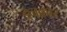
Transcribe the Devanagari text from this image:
इनक़ार